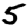
Digit: 5